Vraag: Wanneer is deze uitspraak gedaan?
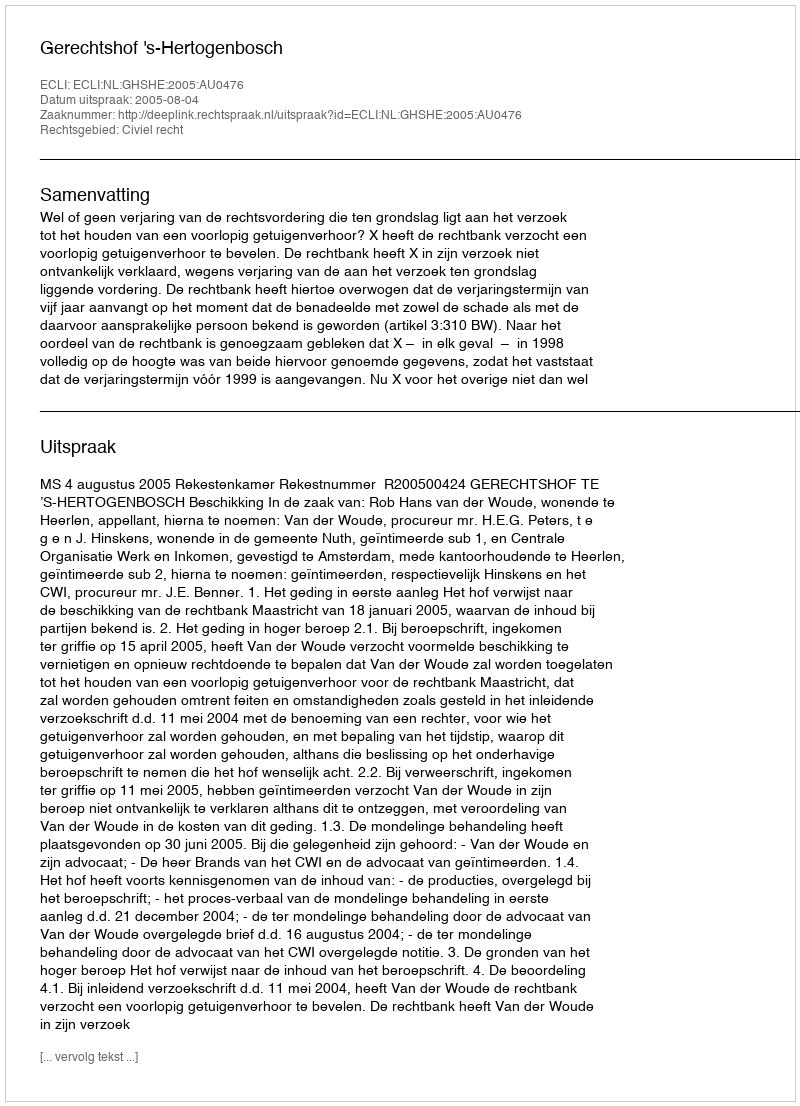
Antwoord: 2005-08-04